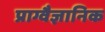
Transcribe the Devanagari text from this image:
प्राग्वैज्ञानिक